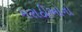
મરાઠીઓનો